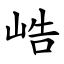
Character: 峼